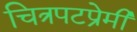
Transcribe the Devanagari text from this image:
चित्रपटप्रेमी